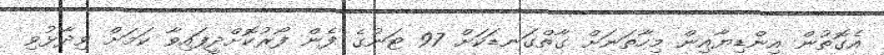
އެގޮތުން އިންޑިޔާއިން މިހާތަނަށް ގާތްގަނޑަކަށް 97 ޓަނުގެ ފެން ފޯރުކޮށްދީފައިވާ ކަމަށް ވިދާޅުވި